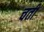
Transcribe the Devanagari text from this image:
चतीं